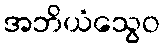
အဘိယံသွေဝ